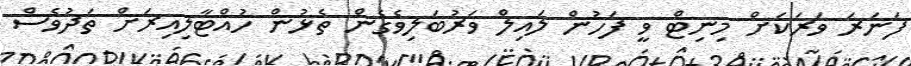
ފަނަރަ ވަރަކަށް މިނިޓް ވީ ފަހުން ލައިލް ވަރުބަލިވެގެން ތެޅުން ހުއްޓާލިއިރަށް ތަދުވެސް